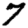
Digit: 7